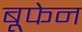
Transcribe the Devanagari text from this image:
बूफेन